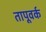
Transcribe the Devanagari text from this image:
तापूवर्क